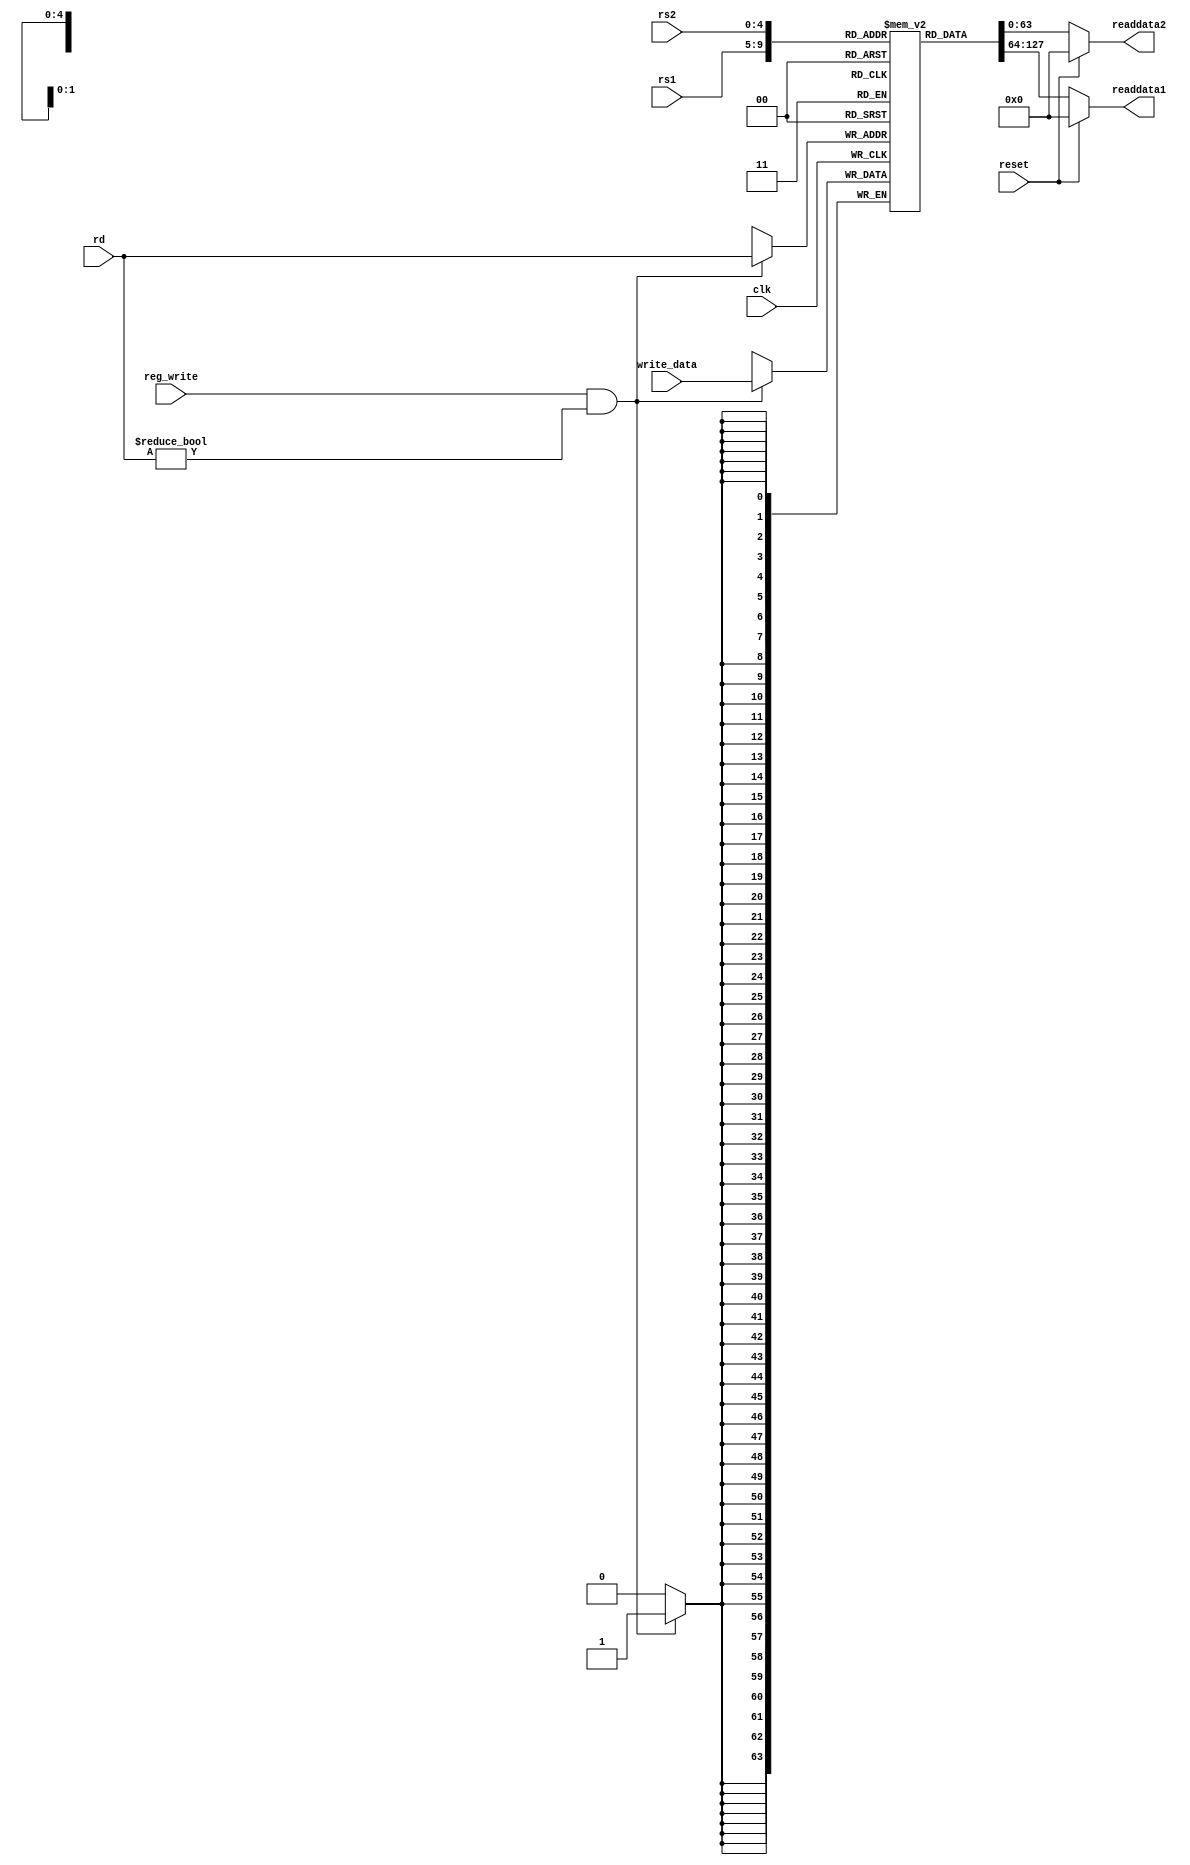
module RegisterFile(clk, reset, rs1, rs2, rd, write_data, reg_write, readdata1, readdata2);
  
   input clk;
  input reset;
  input [4:0] rs1;
  input [4:0] rs2;
  input [4:0] rd;
  input [63:0] write_data;
  input reg_write;
  output reg [63:0] readdata1;
  output reg [63:0] readdata2;
  
  reg [63:0] Registers [31:0];
  initial begin
    	Registers[0] = 64'd0;
        Registers[1] = 64'd1209;
        Registers[2] = 64'd751;
        Registers[3] = 64'd3522;
        Registers[4] = 64'd2971;
        Registers[5] = 64'd72;
        Registers[6] = 64'd1135;
        Registers[7] = 64'd1141;
        Registers[8] = 64'd2919;
        Registers[9] = 64'd2467;
    	Registers[10] = 64'd0;
        Registers[11] = 64'd3033;
        Registers[12] = 64'd3278;
        Registers[13] = 64'd3214;
        Registers[14] = 64'd3656;
        Registers[15] = 64'd1765;
        Registers[16] = 64'd736;
        Registers[17] = 64'd2985;
        Registers[18] = 64'd2717;
        Registers[19] = 64'd863;
        Registers[20] = 64'd1916;
        Registers[21] = 64'd13;
        Registers[22] = 64'd701;
        Registers[23] = 64'd3479;
        Registers[24] = 64'd2489;
        Registers[25] = 64'd1937;
        Registers[26] = 64'd523;
        Registers[27] = 64'd210;
        Registers[28] = 64'd1043;
        Registers[29] = 64'd425;
        Registers[30] = 64'd2434;
        Registers[31] = 64'd988;
  end
  always @(posedge clk) begin
    if (reg_write & rd != 5'd0) begin
    	Registers[rd] <= write_data;
    end
  end
  always @(*) begin
    if (reset) begin
      readdata1 <= 64'b0;
      readdata2 <= 64'b0;
    end
    else begin
      readdata1 <= Registers[rs1];
      readdata2 <= Registers[rs2];
    end
  end
endmodule